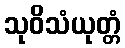
သုဝိသံယုတ္တံ